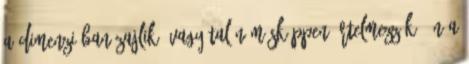
a dimenzióban zajlik? Vagy talán másképpen értelmezzük? Én a